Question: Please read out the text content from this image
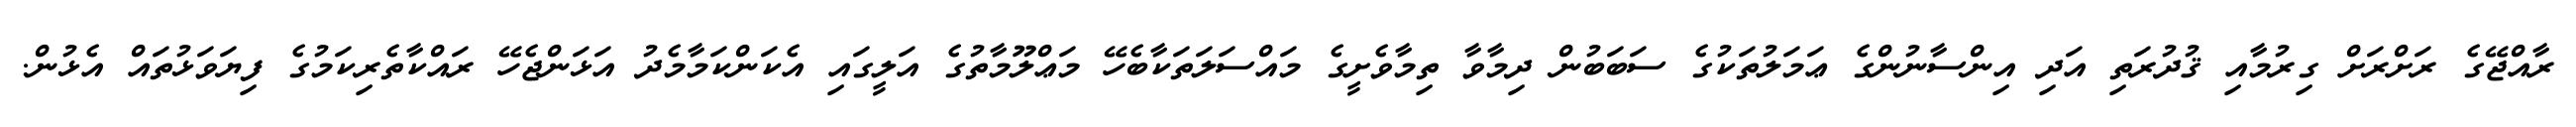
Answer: ރާއްޖޭގެ ރަށްރަށް ގިރުމާއި ޤުދުރަތި އަދި އިންސާނުންގެ ޢަމަލުތަކުގެ ސަބަބުން ދިމާވާ ތިމާވެށީގެ މައްސަލަތަކާބެހޭ މަޢްލޫމާތުގެ އަލީގައި އެކަންކަމާމެދު އަޅަންޖެހޭ ރައްކާތެރިކަމުގެ ފިޔަވަޅުތައް އެޅުން.